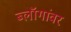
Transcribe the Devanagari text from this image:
ब्लॉगांवर